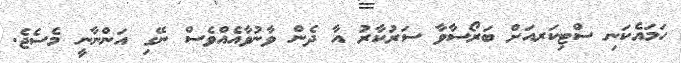
ހަމައެކަނި ސްޓިކަރއަށް ބަރޯސާވާ ސަރުކާރު އާ ދެން ވާނުވާއެއްވެސް ނޭގި އަންނާނީ މެސެޖެ.